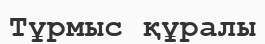
Тұрмыс құралы